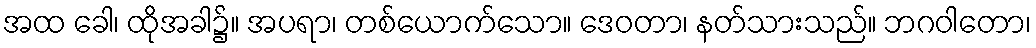
အထ ခေါ၊ ထိုအခါ၌။ အပရာ၊ တစ်ယောက်သော။ ဒေဝတာ၊ နတ်သားသည်။ ဘဂဝါတော၊